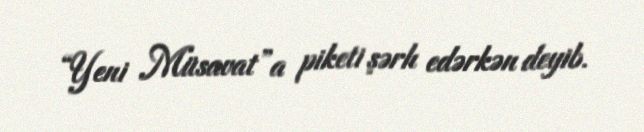
“Yeni Müsavat”a piketi şərh edərkən deyib.